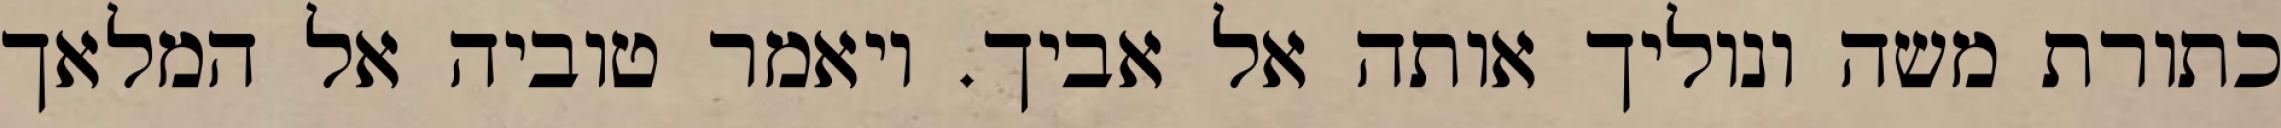
כתורת משה ונוליך אותה אל אביך. ויאמר טוביה אל המלאך